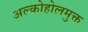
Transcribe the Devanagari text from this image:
अल्कोहोलमुक्त